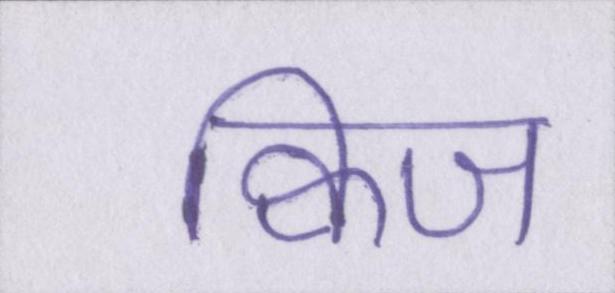
क्विज